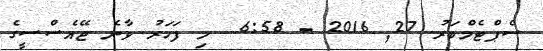
ސެޕްޓެމްބަރު 27